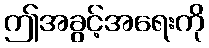
ဤအခွင့်အရေးကို